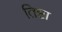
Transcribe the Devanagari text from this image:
तिष्टा